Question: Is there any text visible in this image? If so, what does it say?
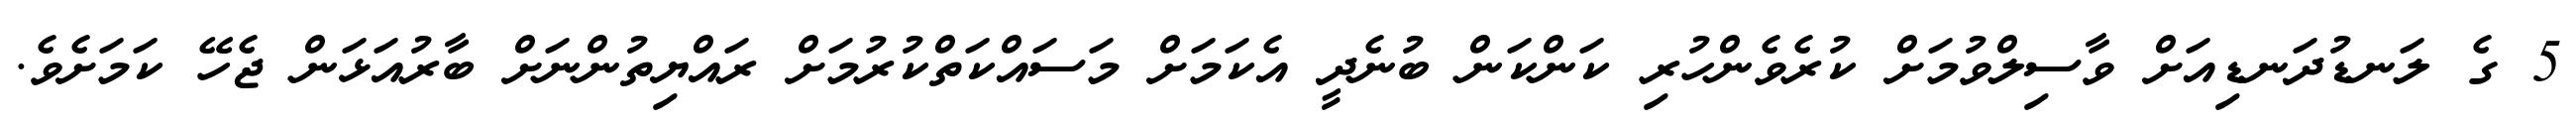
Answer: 5 ގެ ލަނޑުދަނޑިއަށް ވާސިލްވުމަށް ކުރެވެންހުރި ކަންކަން ބުނެދީ އެކަމަށް މަސައްކަތްކުރުމަށް ރައްޔިތުންނަށް ބާރުއަޅަން ޖެހޭ ކަމަށެވެ.